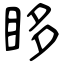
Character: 眵